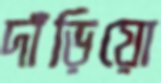
দাঁড়িয়ো